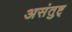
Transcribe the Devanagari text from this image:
असंतुष्ट्